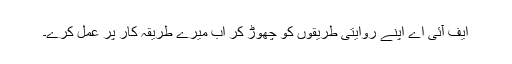
ایف آئی اے اپنے روایتی طریقوں کو چھوڑ کر اب میرے طریقہ کار پر عمل کرے۔